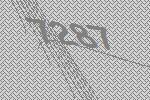
7287